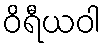
ဝိရီယဝါ